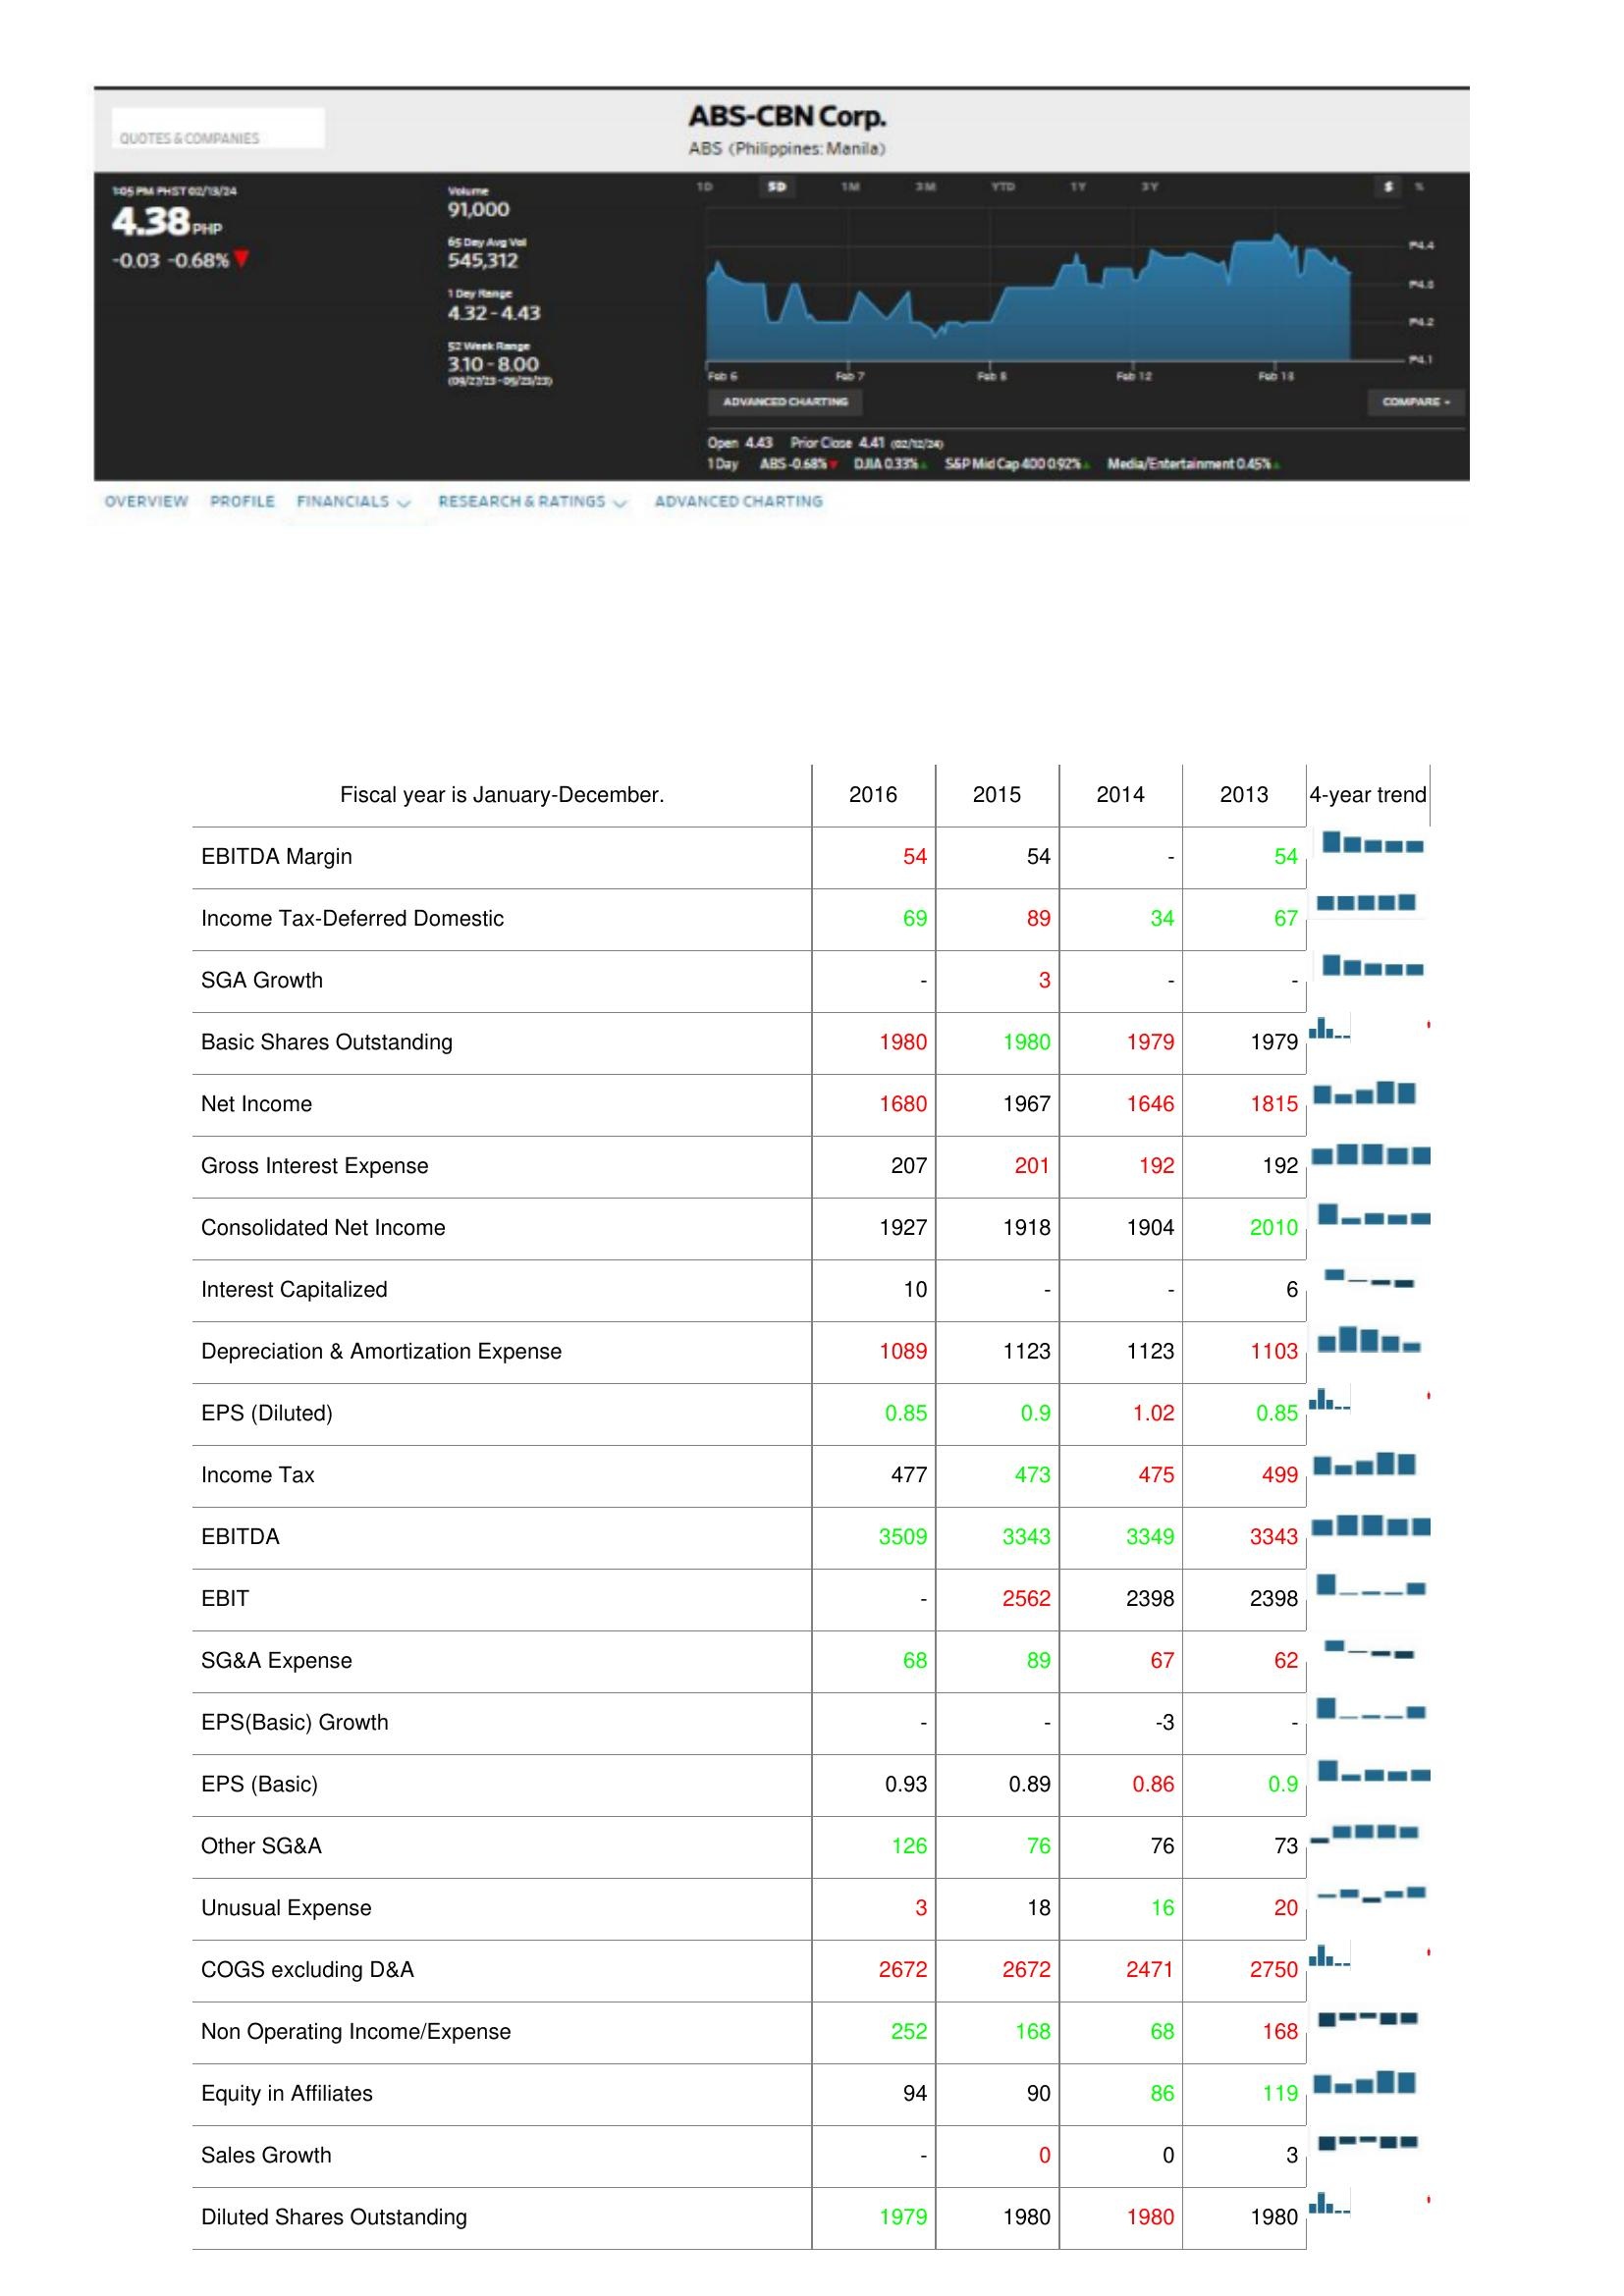
2016: : EBITDA Margin: 54
Income Tax-Deferred Domestic: 69
SGA Growth: -
Basic Shares Outstanding: 1980
Net Income: 1680
Gross Interest Expense: 207
Consolidated Net Income: 1927
Interest Capitalized: 10
Depreciation & Amortization Expense: 1089
EPS (Diluted): 0.85
Income Tax: 477
EBITDA: 3509
EBIT: -
SG&A Expense: 68
EPS(Basic) Growth: -
EPS (Basic): 0.93
Other SG&A: 126
Unusual Expense: 3
COGS excluding D&A: 2672
Non Operating Income/Expense: 252
Equity in Affiliates: 94
Sales Growth: -
Diluted Shares Outstanding: 1979
2015: : EBITDA Margin: 54
Income Tax-Deferred Domestic: 89
SGA Growth: 3
Basic Shares Outstanding: 1980
Net Income: 1967
Gross Interest Expense: 201
Consolidated Net Income: 1918
Interest Capitalized: -
Depreciation & Amortization Expense: 1123
EPS (Diluted): 0.9
Income Tax: 473
EBITDA: 3343
EBIT: 2562
SG&A Expense: 89
EPS(Basic) Growth: -
EPS (Basic): 0.89
Other SG&A: 76
Unusual Expense: 18
COGS excluding D&A: 2672
Non Operating Income/Expense: 168
Equity in Affiliates: 90
Sales Growth: 0
Diluted Shares Outstanding: 1980
2014: : EBITDA Margin: -
Income Tax-Deferred Domestic: 34
SGA Growth: -
Basic Shares Outstanding: 1979
Net Income: 1646
Gross Interest Expense: 192
Consolidated Net Income: 1904
Interest Capitalized: -
Depreciation & Amortization Expense: 1123
EPS (Diluted): 1.02
Income Tax: 475
EBITDA: 3349
EBIT: 2398
SG&A Expense: 67
EPS(Basic) Growth: -3
EPS (Basic): 0.86
Other SG&A: 76
Unusual Expense: 16
COGS excluding D&A: 2471
Non Operating Income/Expense: 68
Equity in Affiliates: 86
Sales Growth: 0
Diluted Shares Outstanding: 1980
2013: : EBITDA Margin: 54
Income Tax-Deferred Domestic: 67
SGA Growth: -
Basic Shares Outstanding: 1979
Net Income: 1815
Gross Interest Expense: 192
Consolidated Net Income: 2010
Interest Capitalized: 6
Depreciation & Amortization Expense: 1103
EPS (Diluted): 0.85
Income Tax: 499
EBITDA: 3343
EBIT: 2398
SG&A Expense: 62
EPS(Basic) Growth: -
EPS (Basic): 0.9
Other SG&A: 73
Unusual Expense: 20
COGS excluding D&A: 2750
Non Operating Income/Expense: 168
Equity in Affiliates: 119
Sales Growth: 3
Diluted Shares Outstanding: 1980